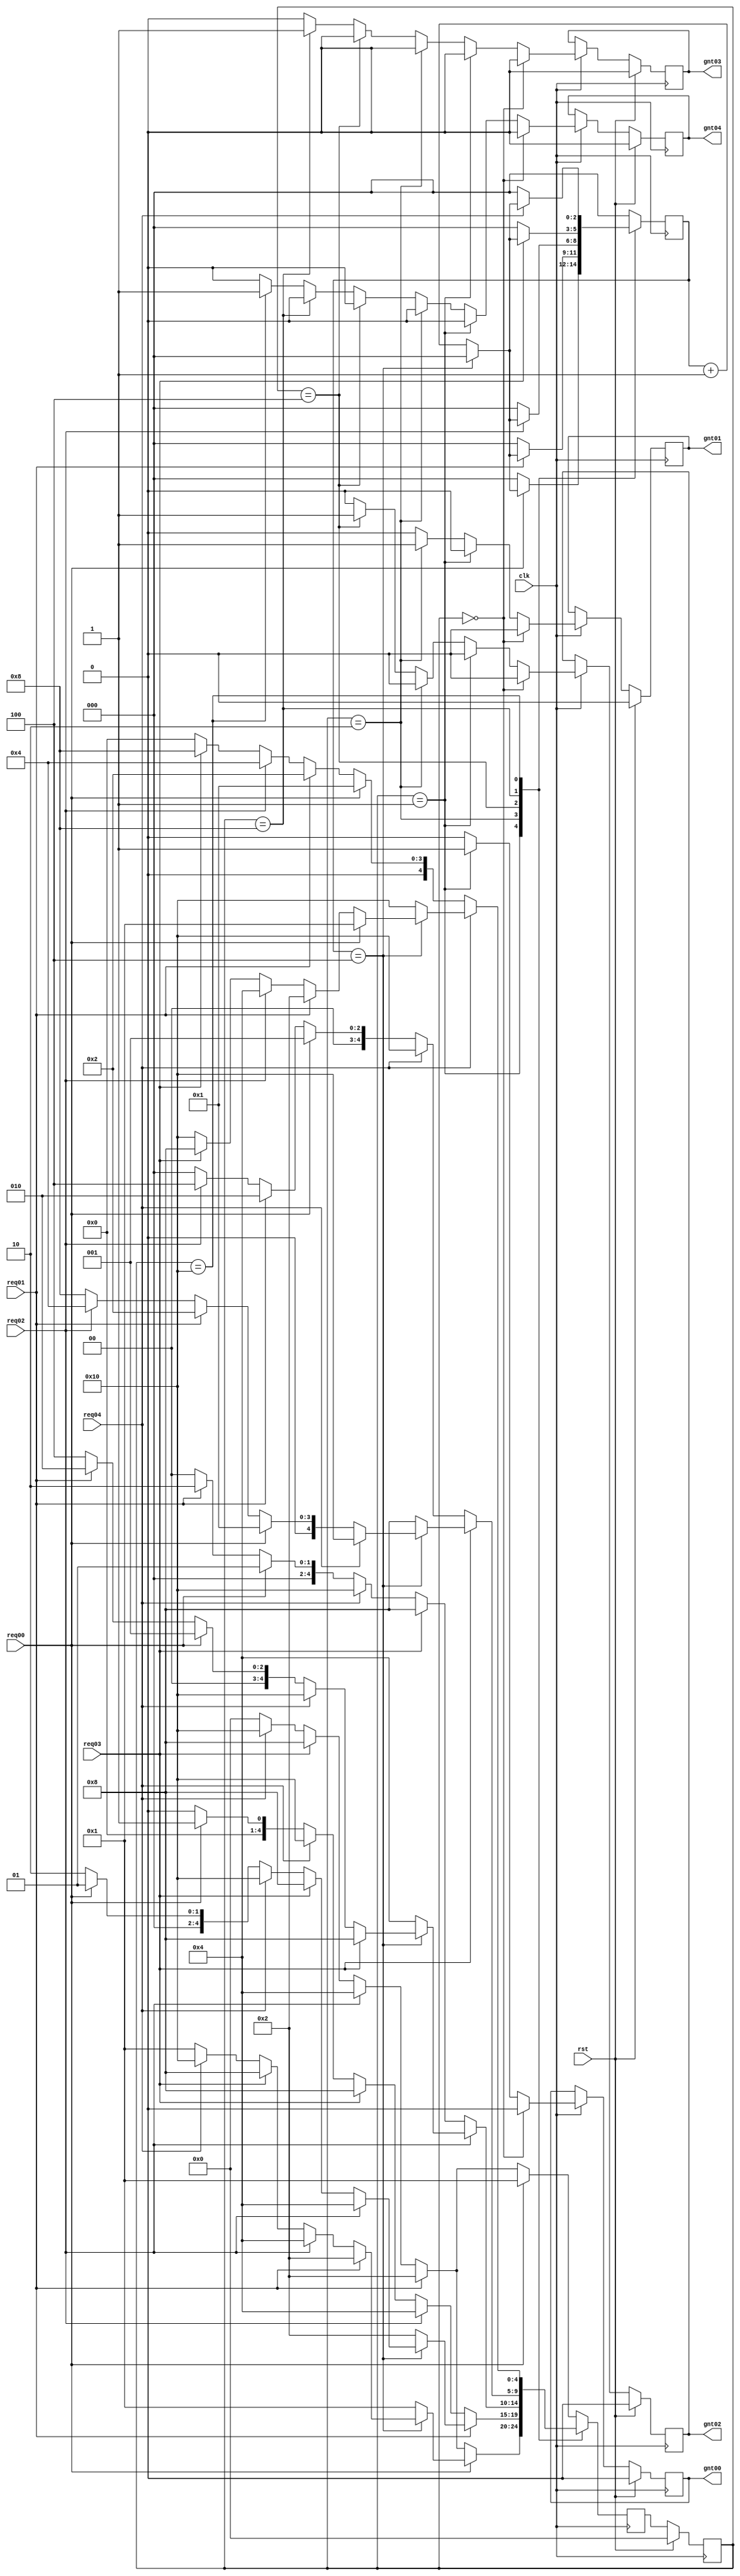
`timescale 1ns / 1ps
//////////////////////////////////////////////////////////////////////////////////
// Company: 
// Engineer: 
// 
// Design Name: 
// Module Name:    arbiter 
// Project Name: 
// Target Devices: 
// Tool versions: 
// Description: 
//
// Dependencies: 
//
// Revision: 
// Revision 0.01 - File Created
// Additional Comments: 
//
//////////////////////////////////////////////////////////////////////////////////
module arbiter(gnt04,gnt03,gnt02,gnt01,gnt00,req04,req03,req02,req01,req00,clk,rst);

   output reg gnt03,gnt02,gnt01,gnt00, gnt04;
   input      req04,req03,req02,req01,req00;
   input      clk,rst;
	//output reg enable;
  
   reg [4:0]  state,next_state;
   reg [2:0]  count;
 
   parameter idle=5'b00000;
   parameter GNT4=5'b10000;
   parameter GNT3=5'b01000;
   parameter GNT2=5'b00100;
   parameter GNT1=5'b00010;
   parameter GNT0=5'b00001;

/* parameter [2:0] s_ideal=3'b000;
   parameter [2:0] s0=3'b001;
   parameter [2:0] s1=3'b010;
   parameter [2:0] s2=3'b011;
   parameter [2:0] s3=3'b100; */



 always @(posedge clk)
 begin
 if(rst)
   state=idle;
 else
   state=next_state;
     end


always @(posedge clk) //state,req04,req03,req02,req01,req00,count)
  begin
	   next_state=0;
 case (state)
   GNT0:
     begin
        if (req00)
   begin
      if(count==3'b100)
        begin
    if (req01)
      begin
         count=3'b000;
         next_state=GNT1;
      end
    else if (req02)
      begin
         count=3'b000;
         next_state=GNT2;
      end
    else if (req03)
      begin
         count=3'b000;
         next_state=GNT3;
      end
    else if (req04)
      begin
         count=3'b000;
         next_state=GNT4;
      end
    else
      begin
         count=3'b000;
         next_state=GNT0;
      end
        end // if (count==2'b11)
      else
        begin
    count=count+3'b001;
    next_state=GNT0;
        end // else: !if(count==2'b11)
   end // if (req[0])
        else if (req01)
   begin
      count=3'b000;
      next_state=GNT1;
   end
        else if (req02)
   begin
      count=3'b000;
      next_state=GNT2;
   end
        else if (req03)
   begin
      count=3'b000;
      next_state=GNT3;
   end
     else if (req04)
   begin
      count=3'b000;
      next_state=GNT4;
   end
        else
   begin
      count=3'b000;
      next_state=idle;
   end
     end // case: s0


   GNT1:
     begin
        if (req01)
   begin
    if (count==3'b100)
        begin
    if (req02)
      begin
         count=3'b000;
         next_state=GNT2;
      end
    else if (req03)
      begin
         count=3'b000;
         next_state=GNT3;
      end
    else if (req04)
      begin
         count=3'b000;
         next_state=GNT4;
      end
    else if (req00)
      begin
         count=3'b000;
         next_state=GNT0;
      end
    else
      begin
         count=3'b000;
         next_state=GNT1;
      end
        end // if (count==2'b11)
      else
        begin
    count=count+3'b001;
    next_state=GNT1;
        end // else: !if(count==2'b11)
   end // if (req01)
        else if (req02)
   begin
      count=3'b000;
      next_state=GNT2;
   end
        else if (req03)
   begin
      count=3'b000;
      next_state=GNT3;
   end
        else if (req04)
   begin
      count=3'b000;
      next_state=GNT4;
   end
        else if (req00)
   begin
      count=3'b000;
      next_state=GNT0;
   end
        else
   begin
      count=3'b000;
      next_state=idle;
   end
     end // case: s1



   GNT2:
     begin
        if (req02)
   begin
      if (count==3'b100)
        begin
    if (req03)
      begin
         count=3'b000;
         next_state=GNT3;
      end
    else if (req04)
      begin
         count=3'b000;
         next_state=GNT4;
      end
    else if (req00)
      begin
         count=3'b000;
         next_state=GNT0;
      end
    else if (req01)
      begin
         count=3'b000;
         next_state=GNT1;
      end
    else
      begin
         count=3'b000;
         next_state=GNT2;
      end
        end // if (count==2'b11)
      else
        begin
    count=count+3'b001;
    next_state=GNT2;
        end // else: !if(count==2'b11)
   end // if (req[2])
        else if (req03)
   begin
      count=3'b000;
      next_state=GNT3;
   end
      else if (req04)
   begin
      count=3'b000;
      next_state=GNT4;
   end
        else if (req00)
   begin
      count=3'b000;
      next_state=GNT0;
   end
        else if (req01)
   begin
      count=3'b000;
      next_state=GNT1;
   end
        else
   begin
      count=3'b000;
      next_state=idle;
   end
     end // case: s2
GNT3:
     begin
        if (req03)
   begin
      if (count==3'b100)
        begin
    if (req04)
      begin
         count=3'b000;
         next_state=GNT4;
      end
    else if (req00)
      begin
         count=3'b000;
         next_state=GNT0;
      end
    else if (req01)
      begin
         count=3'b000;
         next_state=GNT1;
      end
   else if (req02)
      begin
         count=3'b000;
         next_state=GNT2;
      end
   else
      begin
         count=3'b000;
         next_state=GNT3;
      end
        end // if (count==2'b11)
      else
        begin
    count=count+3'b001;
    next_state=GNT3;
        end // else: !if(count==2'b11)
   end // if (req[3])
        else if (req04)
   begin
      count=3'b000;
      next_state=GNT4;
   end
        else if (req00)
   begin
      count=3'b000;
      next_state=GNT0;
   end
        else if (req01)
   begin
      count=2'b00;
      next_state=GNT1;
   end
       else if (req02)
   begin
      count=2'b00;
      next_state=GNT2;
   end
        else
   begin
      count=2'b00;
      next_state=idle;
   end
     end // case: s3
GNT4: 
 begin
  if(req04)
    begin
   if(count==3'b100)
     begin
    if(req00)
    begin
     count=3'b000;
     next_state=GNT0;
    end
   else if(req01)
    begin
     count=3'b000;
    next_state=GNT1;
   end
  else if(req02)
   begin
    count=3'b000;
    next_state=GNT2;
  end
 else if(req03)
  begin
    count=3'b000;
    next_state=GNT3;
  end
else
 begin
  count=3'b000;
  next_state=GNT4;
 end
   end
else
 begin 
  count=count+3'b001;
  next_state=GNT4;
 end
  end
else if(req00)
   begin
     count=3'b000;
     next_state=GNT0;
    end
   else if(req01)
    begin
     count=3'b000;
    next_state=GNT1;
   end
  else if(req02)
   begin
    count=3'b000;
    next_state=GNT2;
  end
 else if(req03)
  begin
    count=3'b000;
    next_state=GNT3;
  end
else 
  begin
   count=3'b000;
  next_state=idle;
  end
    end

default:
     begin
        if (req00)
   begin
      count=3'b000;
      next_state=GNT0;
   end
        else if (req01)
   begin
      count=3'b000;
      next_state=GNT1;
   end
        else if (req02)
   begin
      count=3'b000;
      next_state=GNT2;
   end
        else if (req03)
   begin
      count=3'b000;
      next_state=GNT3;
   end
      else if(req04)
   begin
    count=3'b000;
    next_state=GNT4;
  end
      else
   begin
      count=2'b00;
      next_state=idle;
   end
     end // case: default
 endcase // case (state)
     end // always @ (state,next_state,count)     


/*always @(state,next_state,count)
  begin
     case (state)
       GNT0:
           begin 
                 gnt00=1'b1;
                 gnt01=1'b0;
                 gnt02=1'b0;
                 gnt03=1'b0;
                 gnt04=1'b0; 
           end
       GNT1:
              begin 
                 gnt00=1'b0;
                 gnt01=1'b1;
                 gnt02=1'b0;
                 gnt03=1'b0;
                 gnt04=1'b0; 
               end
       GNT2:
               begin 
                 gnt00=1'b0;
                 gnt01=1'b0;
                 gnt02=1'b1;
                 gnt03=1'b0;
                 gnt04=1'b0; 
               end
       GNT3:
                 begin 
                   gnt00=1'b0;
                   gnt01=1'b0;
                   gnt02=1'b0;
                   gnt03=1'b1;
                   gnt04=1'b0; 
                 end
       GNT4:
              begin 
                   gnt00=1'b0;
                   gnt01=1'b0;
                   gnt02=1'b0;
                   gnt03=1'b0;
                   gnt04=1'b1; 
                 end 
       default:
              begin 
                   gnt00=1'b0;
                   gnt01=1'b0;
                   gnt02=1'b0;
                   gnt03=1'b0;
                   gnt04=1'b0; 
              end
     endcase // case (state)
  end */ 
  always @ (posedge clk)
begin
if(rst) begin
      gnt04=0;
      gnt03=0;
      gnt02=0;
      gnt01=0;
      gnt00=0;
		//enable=0;
		end
else if(clk)
  begin
     if(state==idle)
       begin
		gnt04=0;
      gnt03=0;
      gnt02=0;
      gnt01=0;
      gnt00=0;
       end
     else if(state==GNT0)
       begin
      gnt04=0;
		gnt03=0;
      gnt02=0;
      gnt01=0;
      gnt00=1;
		//enable=1;
/*		$display(" GNT0 value of grant gnt00 %d, GNT0 %d", gnt00,GNT0);
		$display("GNT0 value of grant gnt01 %d,GNT0 %d", gnt01,GNT0);
		$display("GNT0 value of grant gnt02 %d, GNT0 %d", gnt02,GNT0);
		$display("GNT0 value of grant gnt03 %d,GNT0 %d", gnt03,GNT0);
		$display("GNT0 value of grant gnt04 %d,GNT0 %d", gnt04,GNT0); */
       end
     else if(state==GNT1)
       begin
      gnt04=0;
		gnt03=0;
      gnt02=0;
      gnt01=1;
      gnt00=0;
		//enable=1;
	/*	$display(" GNT1 value of grant gnt00 %d, GNT1 %d", gnt00,GNT1);
		$display("GNT1 value of grant gnt01 %d,GNT1 %d", gnt01,GNT1);
		$display("GNT1 value of grant gnt02 %d, GNT1 %d", gnt02,GNT1);
		$display("GNT1 value of grant gnt03 %d,GNT1 %d", gnt03,GNT1);
		$display("GNT1 value of grant gnt04 %d,GNT1 %d", gnt04,GNT1); */
       end
     else if(state==GNT2)
       begin
      gnt04=0;
		gnt03=0;
      gnt02=1;
      gnt01=0;
      gnt00=0;
		//enable=1;
	/*	$display(" GNT2 value of grant gnt00 %d, GNT0 %d", gnt00,GNT2);
		$display("GNT2 value of grant gnt01 %d,GNT0 %d", gnt01,GNT2);
		$display("GNT2 value of grant gnt02 %d, GNT0 %d", gnt02,GNT2);
		$display("GNT2 value of grant gnt03 %d,GNT0 %d", gnt03,GNT2);
		$display("GNT2 value of grant gnt04 %d,GNT0 %d", gnt04,GNT2); */
       end
     else if(state==GNT3)
       begin
      gnt04=0;
		gnt03=1;
      gnt02=0;
      gnt01=0;
      gnt00=0;
	//	enable=1;
	/*	$display(" GNT3 value of grant gnt00 %d, GNT3 %d", gnt00,GNT3);
		$display("GNT3 value of grant gnt01 %d,GNT3 %d", gnt01,GNT3);
		$display("GNT3 value of grant gnt02 %d, GNT3 %d", gnt02,GNT3);
		$display("GNT3 value of grant gnt03 %d,GNT3 %d", gnt03,GNT3);
		$display("GNT3 value of grant gnt04 %d,GNT3 %d", gnt04,GNT3); */
     end
	  else if(state==GNT4)
       begin
      gnt04=1;
		gnt03=0;
      gnt02=0;
      gnt01=0;
      gnt00=0;
	//	enable=1;
	/*	$display(" GNT4 value of grant gnt00 %d, GNT4 %d", gnt00,GNT4);
		$display("GNT4 value of grant gnt01 %d,GNT4 %d", gnt01,GNT4);
		$display("GNT4 value of grant gnt02 %d, GNT4 %d", gnt02,GNT4);
		$display("GNT4 value of grant gnt03 %d,GNT4 %d", gnt03,GNT4);
		$display("GNT4 value of grant gnt04 %d,GNT4 %d", gnt04,GNT4); */
     end
	  else
	   begin
      gnt04=0;
		gnt03=0;
      gnt02=0;
      gnt01=0;
      gnt00=0;
	//	enable=0;
     end
	  
  end // always @ (state)
end
endmodule